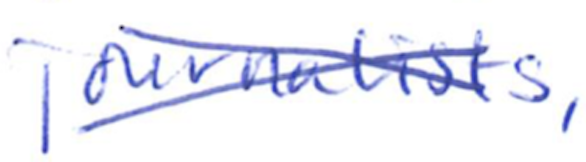
Text: journalists,
Cross-out: cross
Writing tool: ballpoint